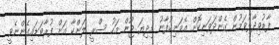
ފާޑުވިދާޅުވަމުން ގެންދަވަނިކޮށް އެމަނިކުފާނު މިދިޔަ ޖޫން މަހު ސްރީ ލަންކާ އަށް ފުރާވަޑައިގެންނެވީ